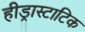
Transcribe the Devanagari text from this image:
हीड्रास्टाटिक